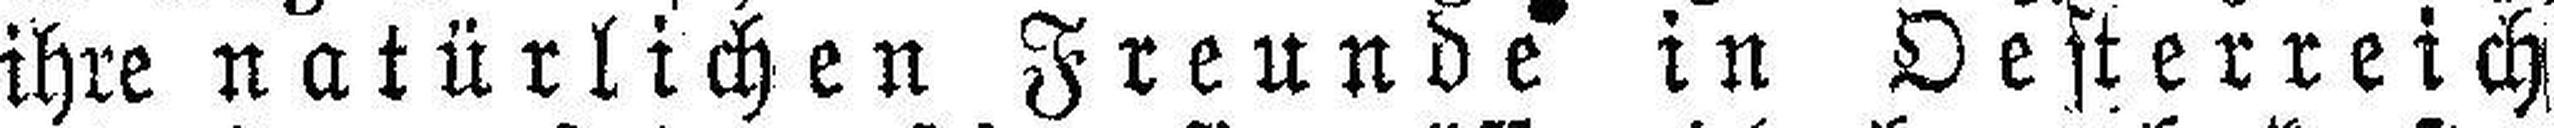
ihre natürlichen Freunde in Oesterreich